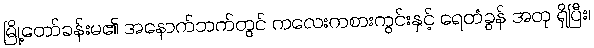
မြို့တော်ခန်းမ၏ အနောက်ဘက်တွင် ကလေးကစားကွင်းနှင့် ရေတံခွန် အတု ရှိပြီး၊